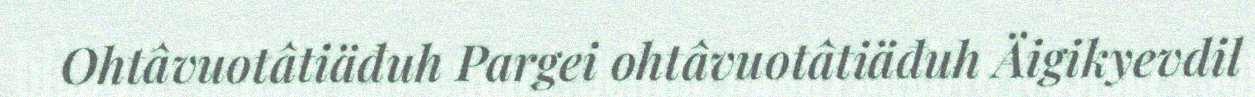
Ohtâvuotâtiäđuh Pargei ohtâvuotâtiäđuh Äigikyevdil